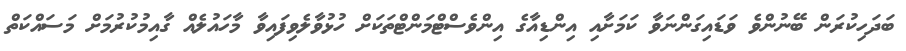
ބަދަހިކުރަން ބޭނުންވެ ވަޑައިގަންނަވާ ކަމަށާއި އިންޑިއާގެ އިންވެސްޓްމަންޓްތަކަށް ހުޅުވާލެވިފައިވާ މާހައުލެއް ގާއިމުކުރުމަށް މަސައްކަތް